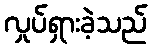
လှုပ်ရှားခဲ့သည်